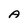
Character: A